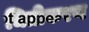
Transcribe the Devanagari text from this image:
चितीकरण